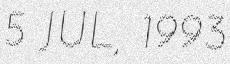
5 JUL, 1993